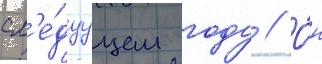
сл'е́дуущем году // О́н